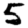
Digit: 5